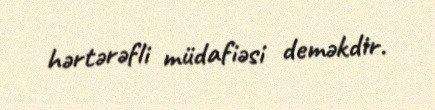
hərtərəfli müdafiəsi deməkdir.